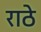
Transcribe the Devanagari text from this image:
राठे